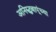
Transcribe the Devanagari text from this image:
अनिरुद्धबापूंच्या